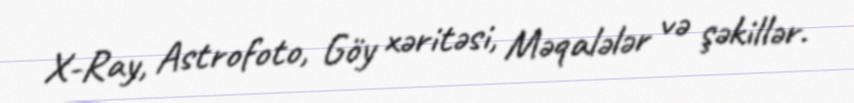
X-Ray, Astrofoto, Göy xəritəsi, Məqalələr və şəkillər.